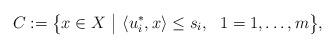
LaTeX: \begin{align*}C:=\big\{x\in X~\big|~\langle u_i^*,x\rangle\leq s_i,~~1=1,\ldots,m\big\},\end{align*}